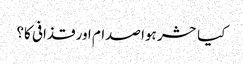
کیا حشر ہوا صدام اور قذافی کا؟